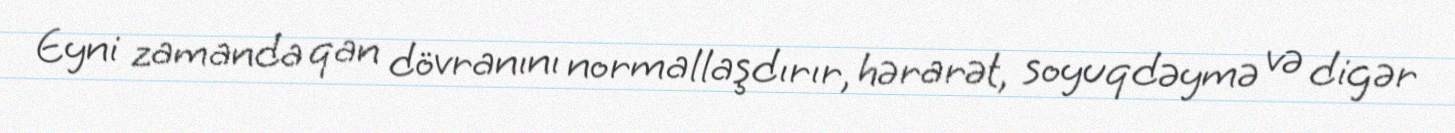
Eyni zamanda qan dövranını normallaşdırır, hərarət, soyuqdəymə və digər